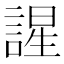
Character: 謃